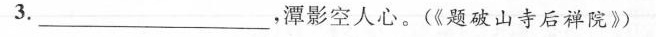
3.___，潭影空人心。(《题破山寺后禅院》)